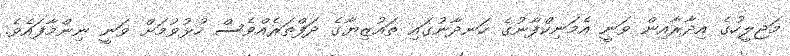
މަޖިލީހުގެ އިދާރާއިން ވަނީ އެމަނިކްފާނުގެ ހަނދާނުގައި ތައުޒިޔާގެ ދަފްތަރެއްވެސް ހުޅުވުމަށް ވަނީ ނިންމާފައެވެ.